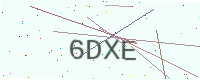
Text: 6DXE